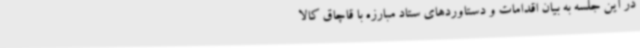
در این جلسه به بیان اقدامات و دستاوردهای ستاد مبارزه با قاچاق کالا